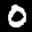
Label: 0